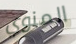
المنوي